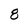
Character: 8